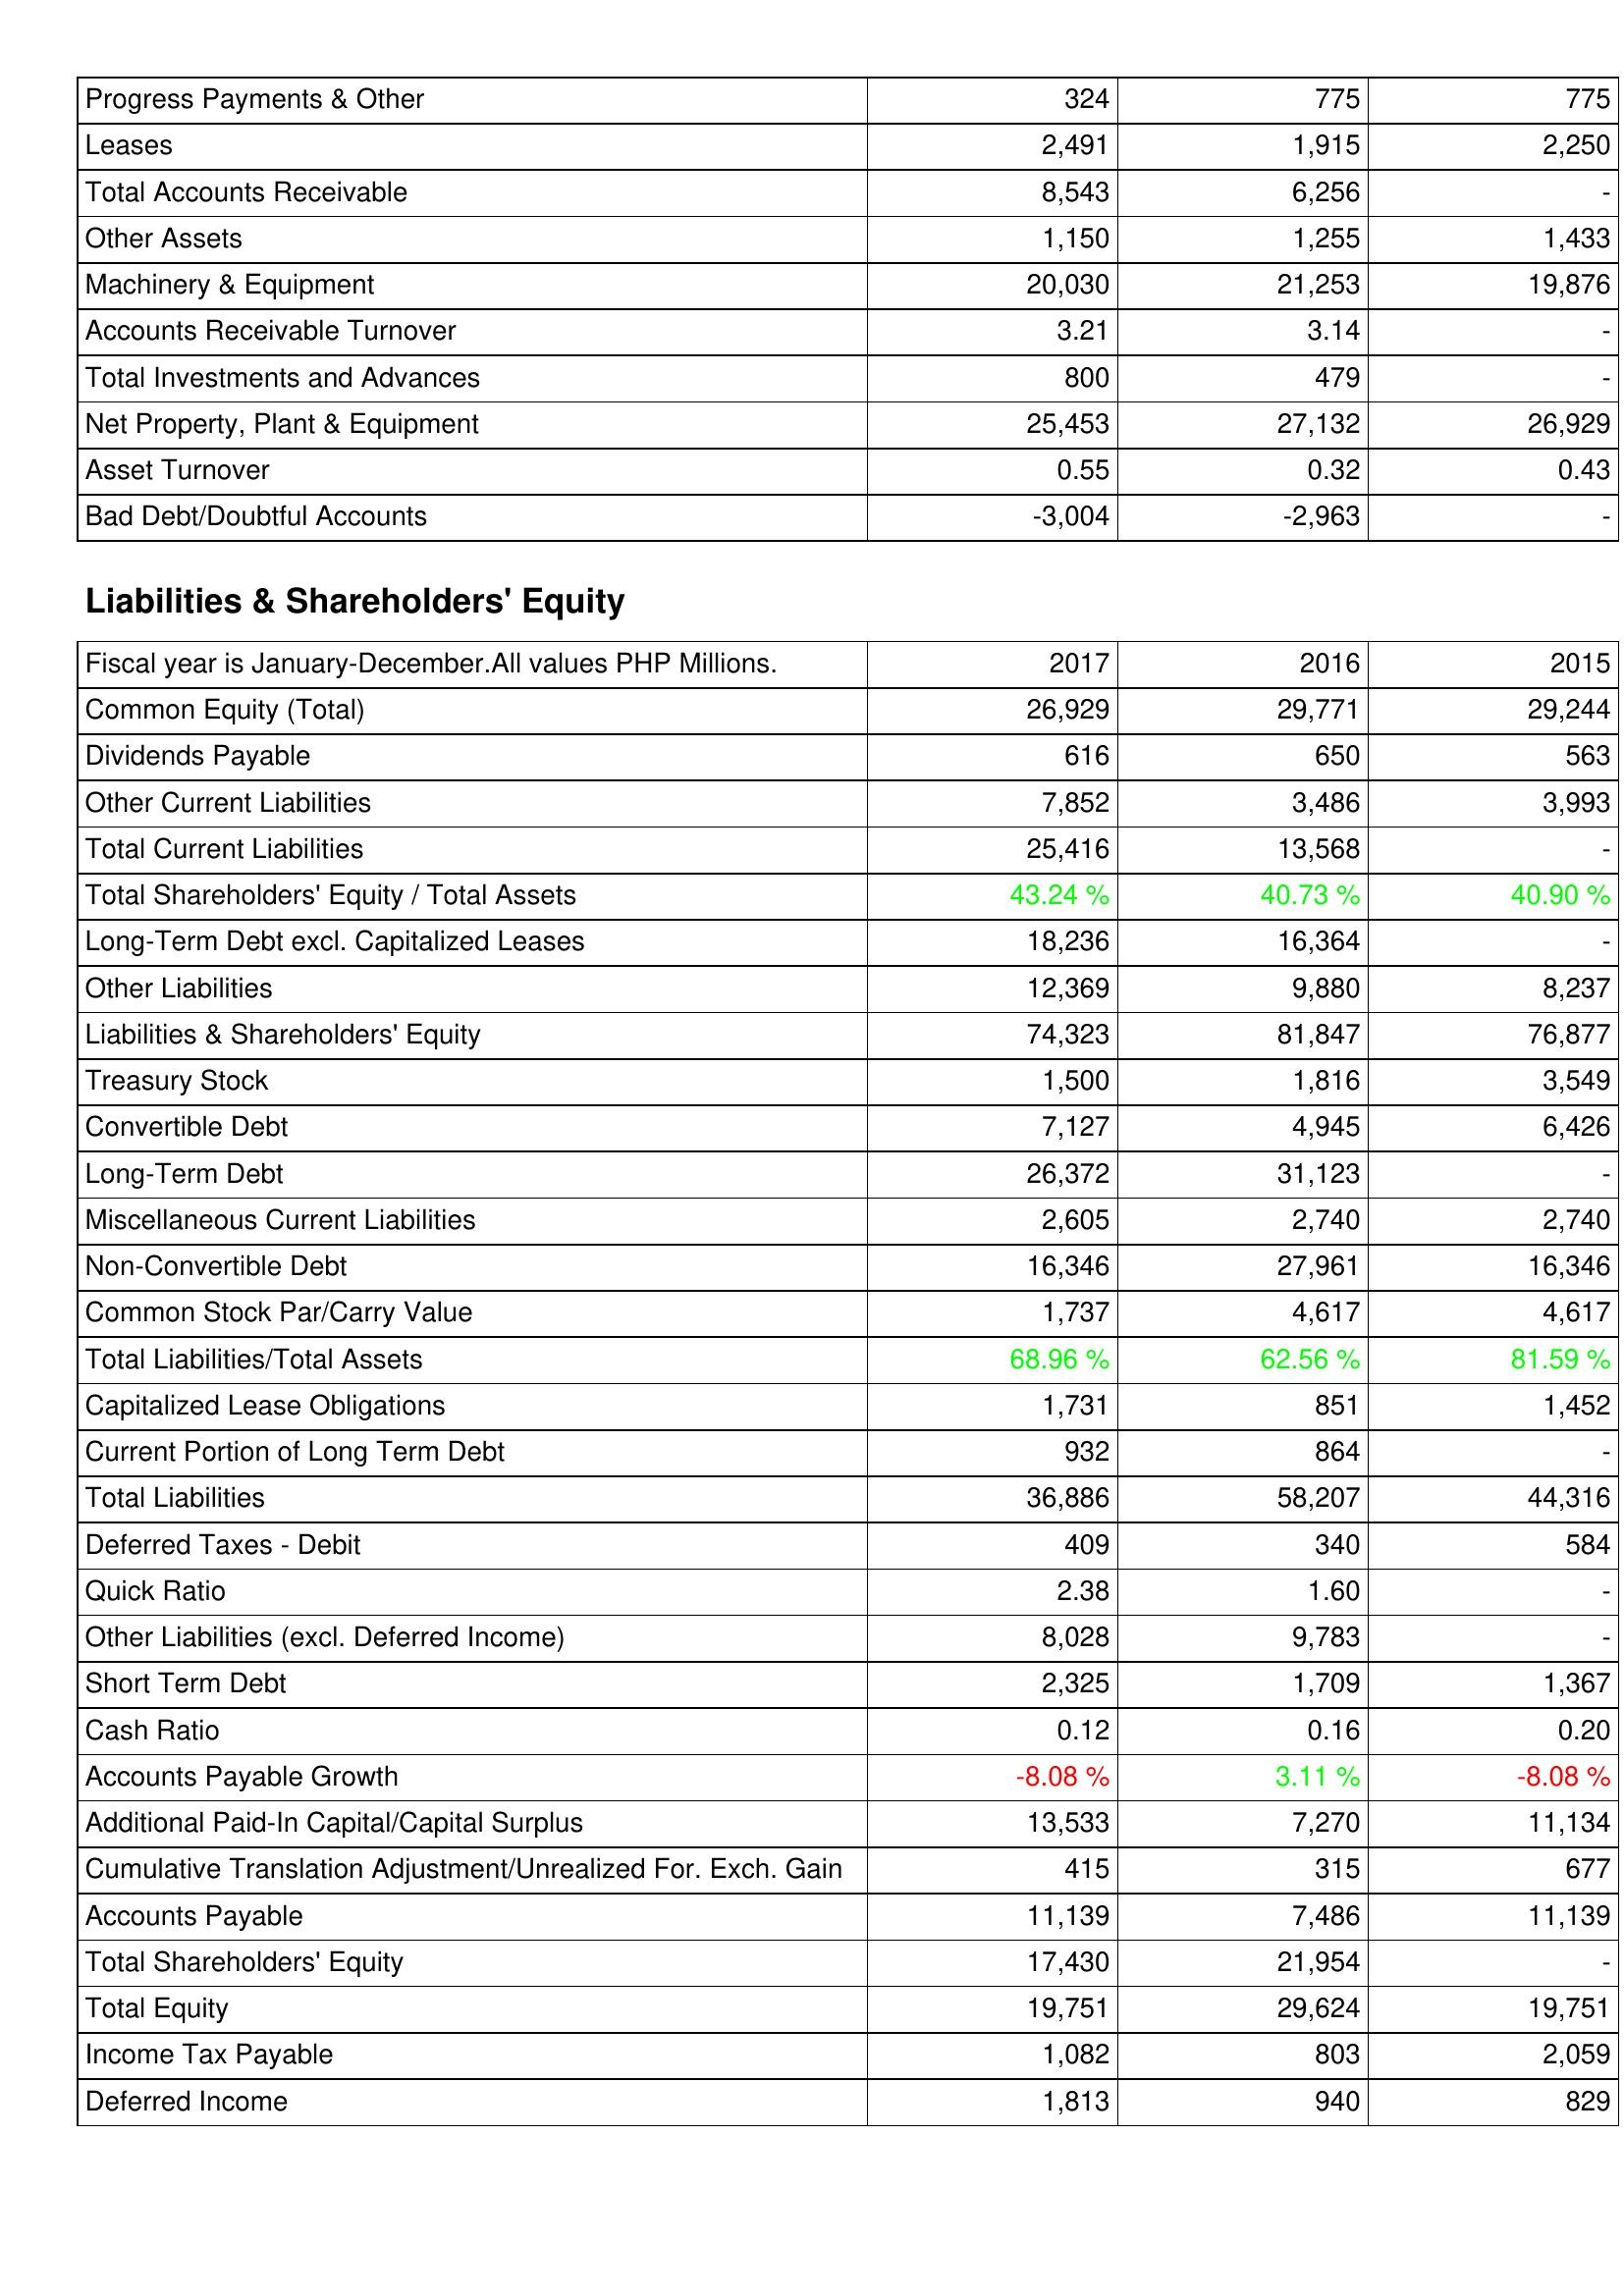
2017: Assets: Progress Payments & Other: 324
Leases: 2,491
Total Accounts Receivable: 8,543
Other Assets: 1,150
Machinery & Equipment: 20,030
Accounts Receivable Turnover: 3.21
Total Investments and Advances: 800
Net Property, Plant & Equipment: 25,453
Asset Turnover: 0.55
Bad Debt/Doubtful Accounts: -3,004
Liabilities & Shareholders' Equity: Common Equity (Total): 26,929
Dividends Payable: 616
Other Current Liabilities: 7,852
Total Current Liabilities: 25,416
Total Shareholders' Equity / Total Assets: 43.24 %
Long-Term Debt excl. Capitalized Leases: 18,236
Other Liabilities: 12,369
Liabilities & Shareholders' Equity: 74,323
Treasury Stock: 1,500
Convertible Debt: 7,127
Long-Term Debt: 26,372
Miscellaneous Current Liabilities: 2,605
Non-Convertible Debt: 16,346
Common Stock Par/Carry Value: 1,737
Total Liabilities/Total Assets: 68.96 %
Capitalized Lease Obligations: 1,731
Current Portion of Long Term Debt: 932
Total Liabilities: 36,886
Deferred Taxes - Debit: 409
Quick Ratio: 2.38
Other Liabilities (excl. Deferred Income): 8,028
Short Term Debt: 2,325
Cash Ratio: 0.12
Accounts Payable Growth: -8.08 %
Additional Paid-In Capital/Capital Surplus: 13,533
Cumulative Translation Adjustment/Unrealized For. Exch. Gain: 415
Accounts Payable: 11,139
Total Shareholders' Equity: 17,430
Total Equity: 19,751
Income Tax Payable: 1,082
Deferred Income: 1,813
2016: Assets: Progress Payments & Other: 775
Leases: 1,915
Total Accounts Receivable: 6,256
Other Assets: 1,255
Machinery & Equipment: 21,253
Accounts Receivable Turnover: 3.14
Total Investments and Advances: 479
Net Property, Plant & Equipment: 27,132
Asset Turnover: 0.32
Bad Debt/Doubtful Accounts: -2,963
Liabilities & Shareholders' Equity: Common Equity (Total): 29,771
Dividends Payable: 650
Other Current Liabilities: 3,486
Total Current Liabilities: 13,568
Total Shareholders' Equity / Total Assets: 40.73 %
Long-Term Debt excl. Capitalized Leases: 16,364
Other Liabilities: 9,880
Liabilities & Shareholders' Equity: 81,847
Treasury Stock: 1,816
Convertible Debt: 4,945
Long-Term Debt: 31,123
Miscellaneous Current Liabilities: 2,740
Non-Convertible Debt: 27,961
Common Stock Par/Carry Value: 4,617
Total Liabilities/Total Assets: 62.56 %
Capitalized Lease Obligations: 851
Current Portion of Long Term Debt: 864
Total Liabilities: 58,207
Deferred Taxes - Debit: 340
Quick Ratio: 1.60
Other Liabilities (excl. Deferred Income): 9,783
Short Term Debt: 1,709
Cash Ratio: 0.16
Accounts Payable Growth: 3.11 %
Additional Paid-In Capital/Capital Surplus: 7,270
Cumulative Translation Adjustment/Unrealized For. Exch. Gain: 315
Accounts Payable: 7,486
Total Shareholders' Equity: 21,954
Total Equity: 29,624
Income Tax Payable: 803
Deferred Income: 940
2015: Assets: Progress Payments & Other: 775
Leases: 2,250
Total Accounts Receivable: -
Other Assets: 1,433
Machinery & Equipment: 19,876
Accounts Receivable Turnover: -
Total Investments and Advances: -
Net Property, Plant & Equipment: 26,929
Asset Turnover: 0.43
Bad Debt/Doubtful Accounts: -
Liabilities & Shareholders' Equity: Common Equity (Total): 29,244
Dividends Payable: 563
Other Current Liabilities: 3,993
Total Current Liabilities: -
Total Shareholders' Equity / Total Assets: 40.90 %
Long-Term Debt excl. Capitalized Leases: -
Other Liabilities: 8,237
Liabilities & Shareholders' Equity: 76,877
Treasury Stock: 3,549
Convertible Debt: 6,426
Long-Term Debt: -
Miscellaneous Current Liabilities: 2,740
Non-Convertible Debt: 16,346
Common Stock Par/Carry Value: 4,617
Total Liabilities/Total Assets: 81.59 %
Capitalized Lease Obligations: 1,452
Current Portion of Long Term Debt: -
Total Liabilities: 44,316
Deferred Taxes - Debit: 584
Quick Ratio: -
Other Liabilities (excl. Deferred Income): -
Short Term Debt: 1,367
Cash Ratio: 0.20
Accounts Payable Growth: -8.08 %
Additional Paid-In Capital/Capital Surplus: 11,134
Cumulative Translation Adjustment/Unrealized For. Exch. Gain: 677
Accounts Payable: 11,139
Total Shareholders' Equity: -
Total Equity: 19,751
Income Tax Payable: 2,059
Deferred Income: 829